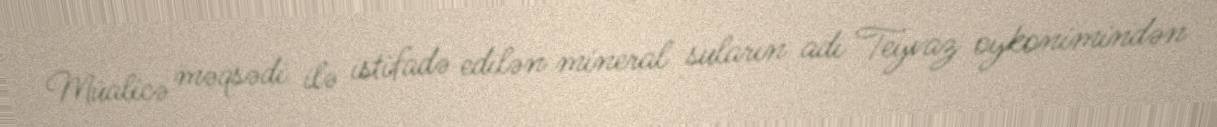
Müalicə məqsədi ilə istifadə edilən mineral suların adı Teyvaz oykonimindən